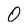
Character: 0